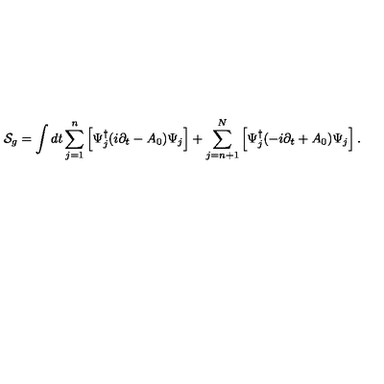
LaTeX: { \cal S } _ { g } = \int d t \sum _ { j = 1 } ^ { n } \left[ \Psi _ { j } ^ { \dagger } ( i \partial _ { t } - A _ { 0 } ) \Psi _ { j } \right] + \sum _ { j = n + 1 } ^ { N } \left[ \Psi _ { j } ^ { \dagger } ( - i \partial _ { t } + A _ { 0 } ) \Psi _ { j } \right] .